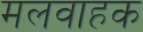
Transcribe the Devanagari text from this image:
मलवाहक